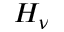
H _ { \nu }